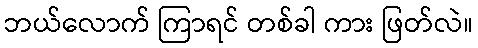
ဘယ်လောက် ကြာရင် တစ်ခါ ကား ဖြတ်လဲ။